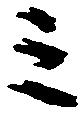
三